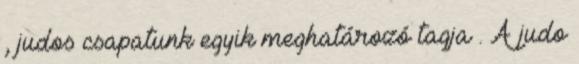
, judos csapatunk egyik meghatározó tagja . A judo